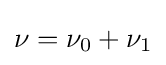
\nu =\nu _{0}+\nu _{1}